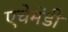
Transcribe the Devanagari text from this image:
एचेमेंडी